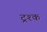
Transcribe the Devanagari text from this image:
ट्रश्क